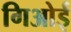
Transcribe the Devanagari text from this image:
गिओई